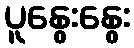
ပူနွေးနွေး